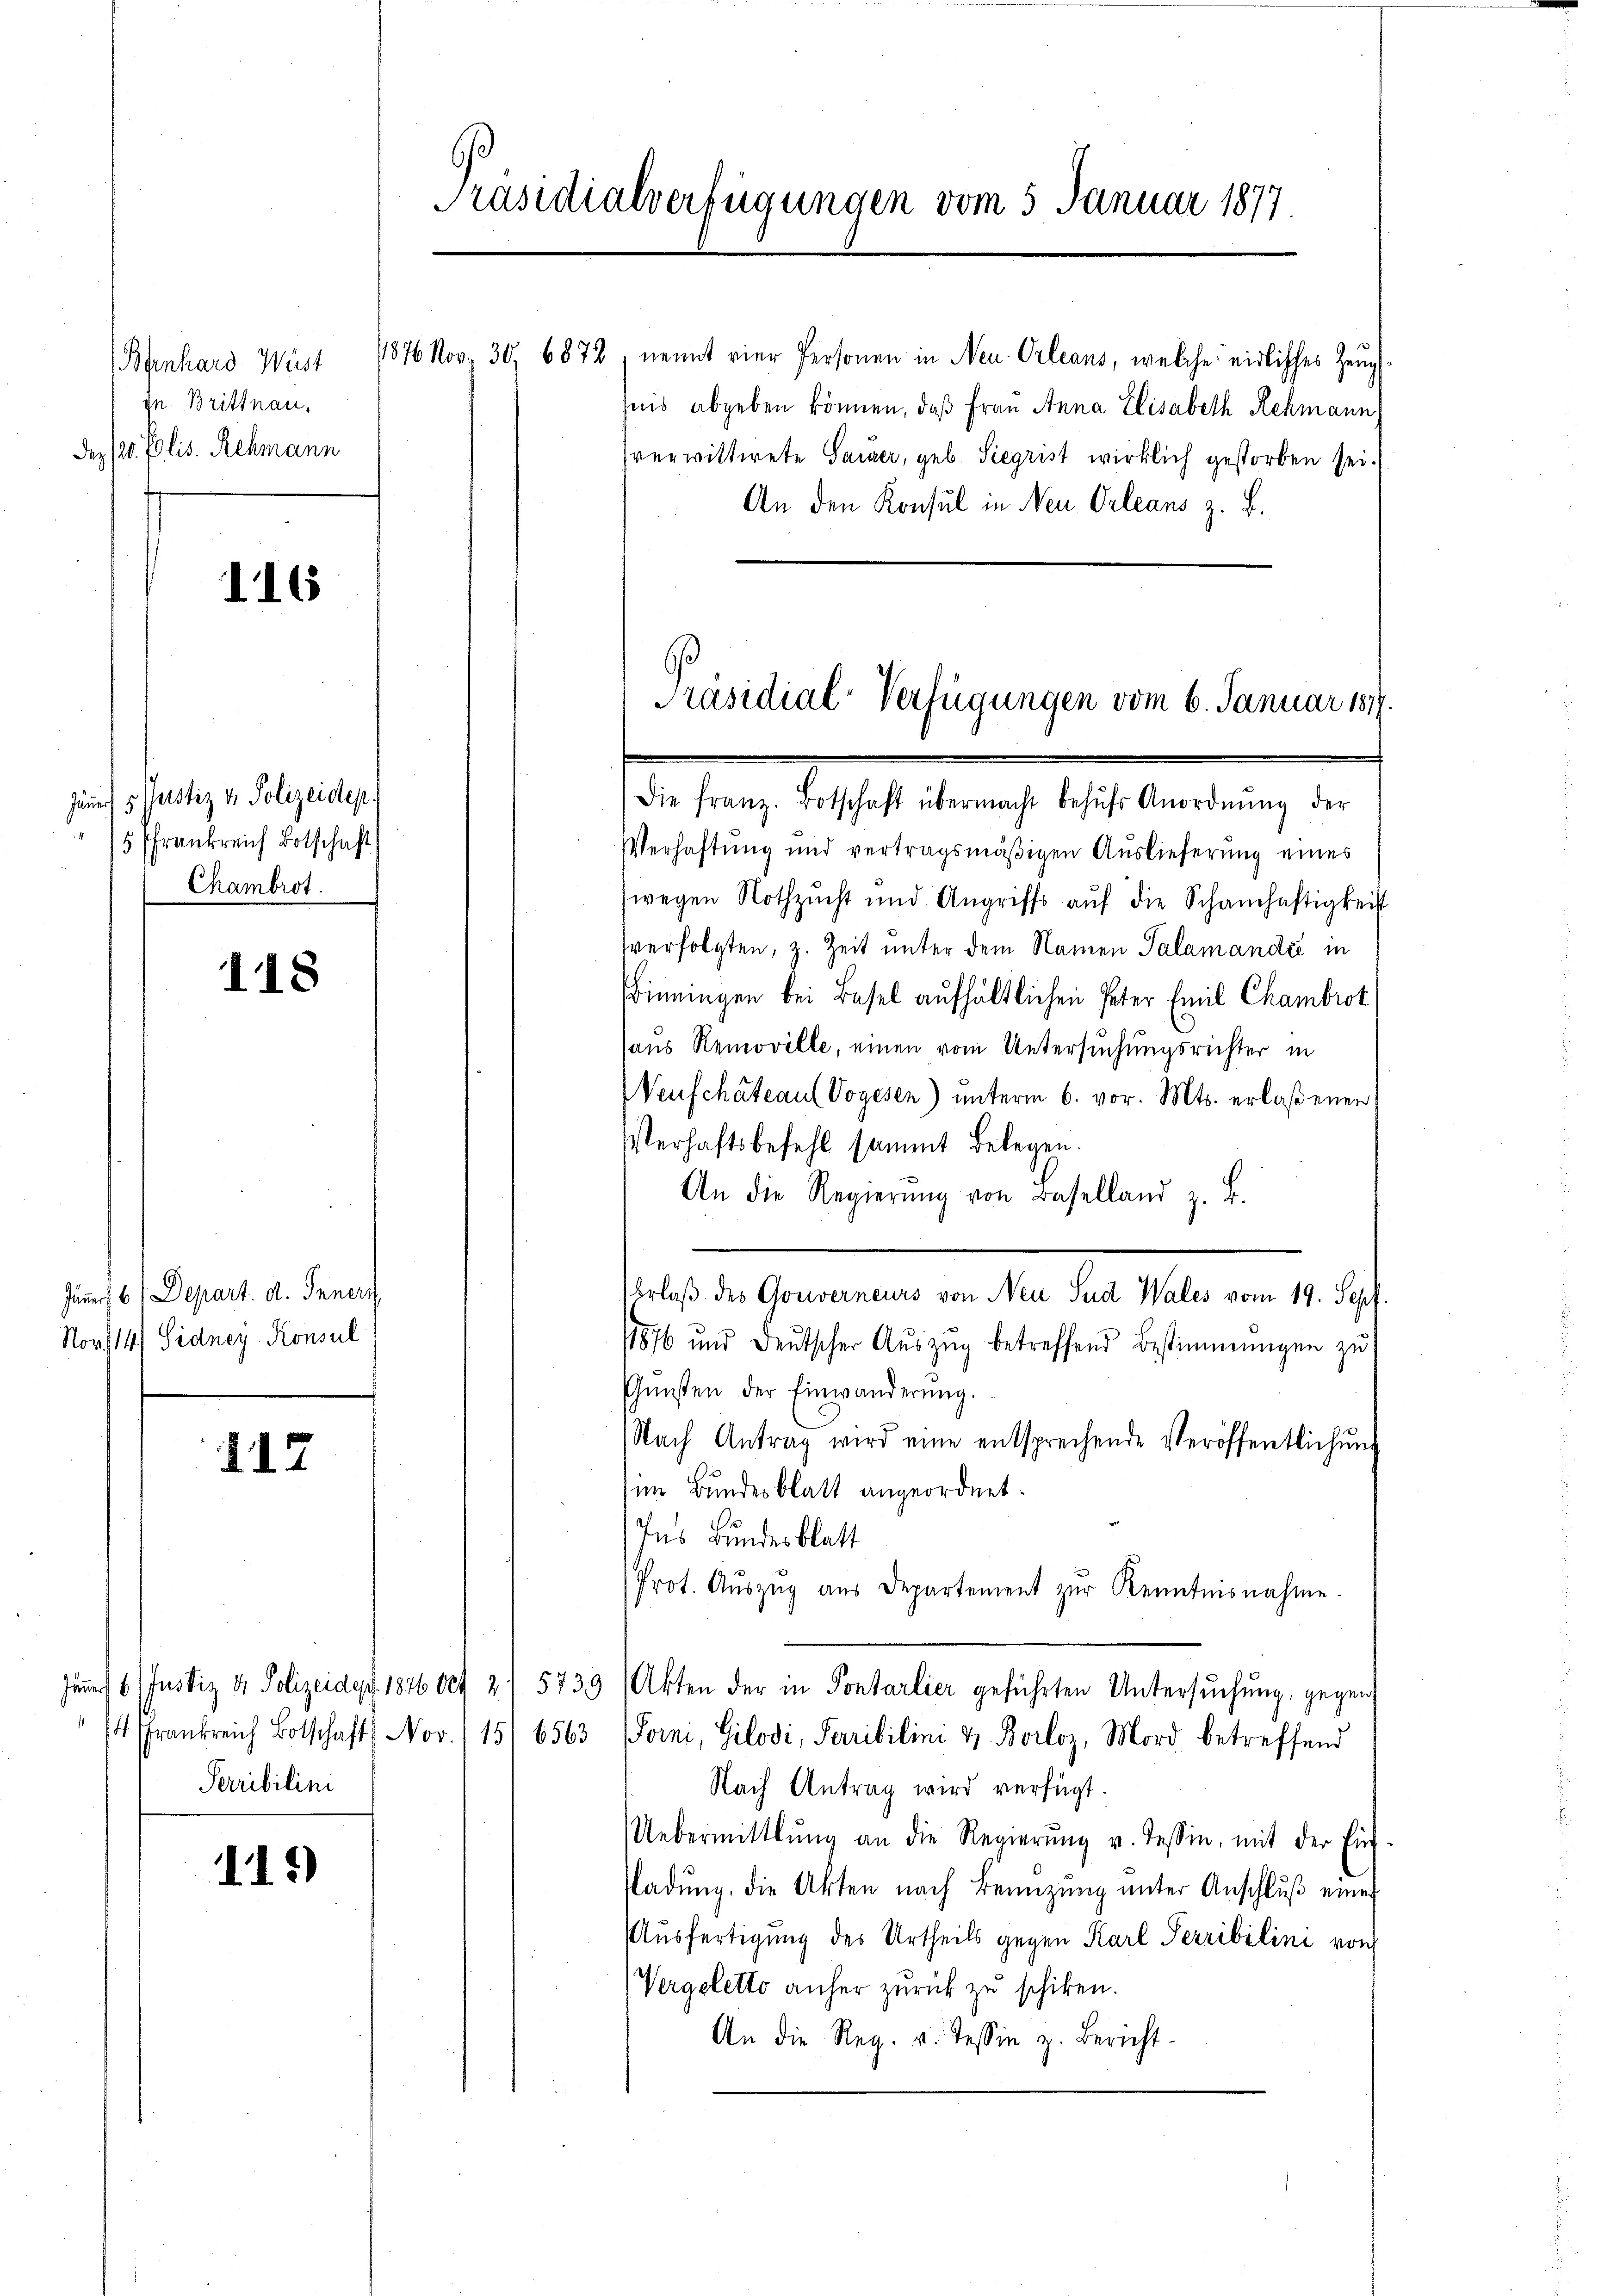
in Brittnau,
Dez 120. Elis. Rehmann

116

Juni 5. Justiz v. Polizeidep
5 Frankreich Botschaft
Chambrot.

118

Jänner, 6 Depart. d. Generz
Nor/14) Sidney Konsul

117

Jännert 6. Justiz & Polizeidert. 1876004
Serribilini

II.)

Präsidialverfügungen vom 5. Januar 1877.

Bernhard Wüst 1876 Norz 30. 6872, nennt vier Personen in Neu-Orleans, welche eidliches Zeug
hnis abgeben können, daß Frau Anna Elisabeth Schmann
sverwittwete Sauer, geb. Siegrist wirklich gestorben sei.
An den Konsul in Neu Orleans z. B.
e Aesthaltung 1891 werden, u.
Verhaftung und vertragsmäßigen Auslieferung eines
wegen Nothzŭcht und Angriffs aŭf die Schamhaftigkeit
sverfolgten, z. Zeit unter dem Namen Salamandé in
inningen bei Basel aufhältlichen Peter Emil Chambrot
haus Removille, einen vom Untersuchungsrichter in
Veuschateau Vogesen) unterm 6. vor. Mts. erlaßenen
Verhaftsbefehl sammt Belegen.
An die Regierŭng von Baselland z. B.
Erlaß des Gouverneurs von Neu Sud Wales vom 19. Sept.
11876 und deŭtscher Aŭszŭg betreffend Bestimmungen zŭ
Gŭnsten der Einwanderŭng.
Nach Antrag wird eine entsprechende Veröffentlichŭng
im Bundesblatt angeordnet.
Ins Bundesblatt
Prot. Aŭszŭg aŭs Departement zŭr Kenntnisnahme.
5739 (Akten der in Pontarlier geführten Untersuchung, gegen
z
14 Frankreich Botschaft (Nov. 115) 6563 (Forni, Gilodi, Parribilin & Borloz, Mord betreffend
Nach Antrag wird verfügt.
Uebermittlung an die Regierŭng v. Tessin, mit der Ein
Padŭng, die Akten nach Benützŭng ŭnter Anschlŭβ einer
Ausfertigung des Urtheils gegen Karl Terribilini von
Vergeletto anher zurück zu schiken.
An die Reg. v. Tessin z. Bericht-

Präsidial-Verfügungen vom 6. Januar 1817.